Annual report of the Punjab Veterinary College and of the Civil Veterinary Department, Punjab - 1909-1919
Year: 1909
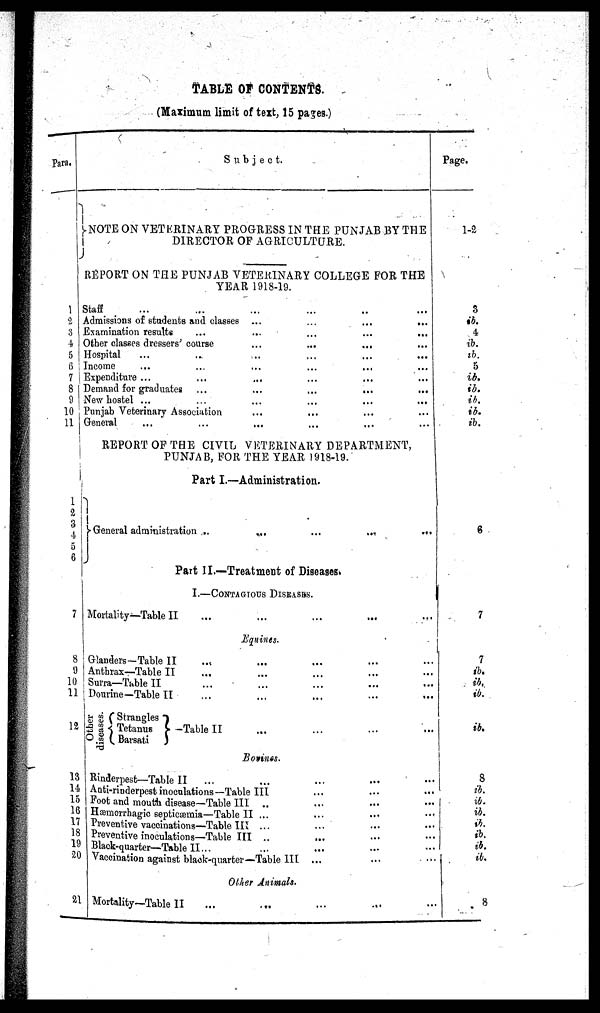
TABLE OF CONTENTS.
(Maximum limit of text, 15 pages.)
Para.
1
2
3
4
5
6
7
8
9
10
11
1
2
3
4
5
6
7
8
9
10
11
12
13
14
15
16
17
18
19
20
21
Subject.
NOTE ON VETERINARY PROGRESS IN THE PUNJAB BY THE
DIRECTOR OF AGRICULTURE.
REPORT ON THE PUNJAB VETERINARY COLLEGE FOR THE
YEAR 1918-19.
Staff ... ... ... ... .. ...
Admissions of students and classes ...
...
...
...
Examination results
...
...
...
...
...
Other classes dressers' course
...
...
... ...
Hospital ... .. ... ... ... ...
Income ... ... ... ... ... ...
Expenditure ... ... ... ... ... ...
Demand for graduates ...
...
...
...
...
New hostel ...
...
...
...
...
...
Punjab Veterinary Association ... ... ... ...
General
...
...
... ... ... ...
REPORT OF THE CIVIL VETERINARY DEPARTMENT,
PUNJAB, FOR THE YEAR 1918-19.
Part I.—Administration.
General administration ...
...
...
...
...
Part II.—Treatment of Diseases.
I.—CONTAGIOUS DISEASES.
Mortality—Table II ... ... ... ...
Equines.
Glanders-Table II ... ... ... ... ...
Anthrax—Table II ... ... ... ... ...
Surra—Table II ... ... ... ... ...
Dourine—Table II ... ... ... ... ...
Other
diseases.
Strangles
Tetanus
Barsati
Table II ... ... ... ...
Bovines.
Rinderpest—Table II ... ... ... ... ...
Anti-rinderpest inoculations—Table III ... ... ...
Foot and mouth disease—Table III .. ... ... ...
Hæmorrhagic septicæmia—Table II ... ... ... ...
Preventive vaccinations—Table III ...
... ... ...
Preventive inoculations—Table III .. ... ... ...
Black-quarter—Table II... ... ... ... ...
Vaccination against black-quarter—Table III ... ... ...
Other Animals.
Mortality—Table II ... ... ... ... ...
Page.
1-2
3
b.
4
ib.
ib.
5
ib.
ib.
ib.
ib.
ib.
6
7
7
ib.
ib.
ib.
ib.
8 ib.
ib.
ib.
ib.
ib.
ib.
ib.
8